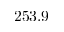
2 5 3 . 9